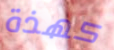
كهذة